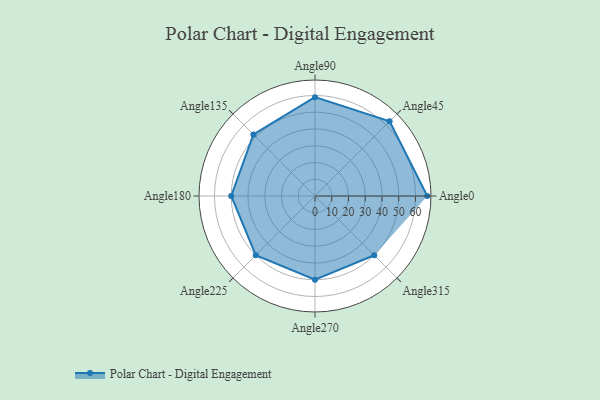
{"axis": {"x": "Angle", "y": "Radius"}, "legend": [""], "data": [{"x": "Angle0", "y": 67.0, "type": ""}, {"x": "Angle45", "y": 63.0, "type": ""}, {"x": "Angle90", "y": 59.0, "type": ""}, {"x": "Angle135", "y": 52.0, "type": ""}, {"x": "Angle180", "y": 50, "type": ""}, {"x": "Angle225", "y": 50, "type": ""}, {"x": "Angle270", "y": 50, "type": ""}, {"x": "Angle315", "y": 50, "type": ""}]}